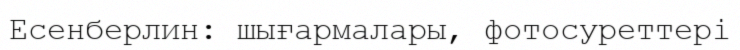
Есенберлин: шығармалары, фотосуреттері